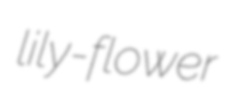
lily-flower